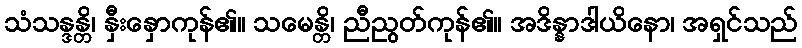
သံသန္ဒန္တိ၊ နှီးနှောကုန်၏။ သမေန္တိ၊ ညီညွတ်ကုန်၏။ အဒိန္နာဒါယိနော၊ အရှင်သည်